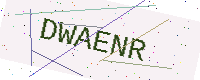
Text: DWAENR